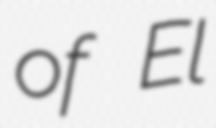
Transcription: of El